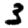
Digit: 3